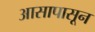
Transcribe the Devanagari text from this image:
आसापासून